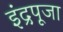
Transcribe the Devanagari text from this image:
इंद्रपूजा